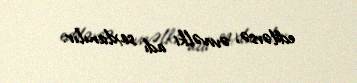
edilərsə, əvvvəlki adı saxlanılır.